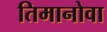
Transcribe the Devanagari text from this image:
तिमानोवा